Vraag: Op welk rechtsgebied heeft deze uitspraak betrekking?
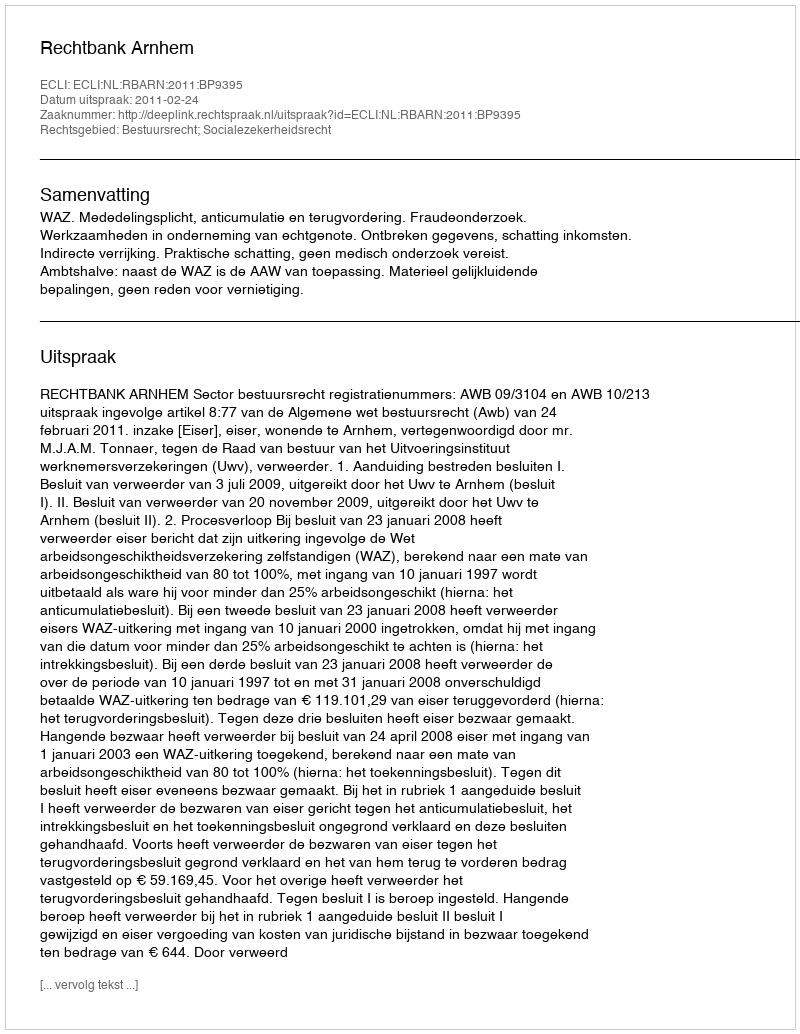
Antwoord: Bestuursrecht; Socialezekerheidsrecht